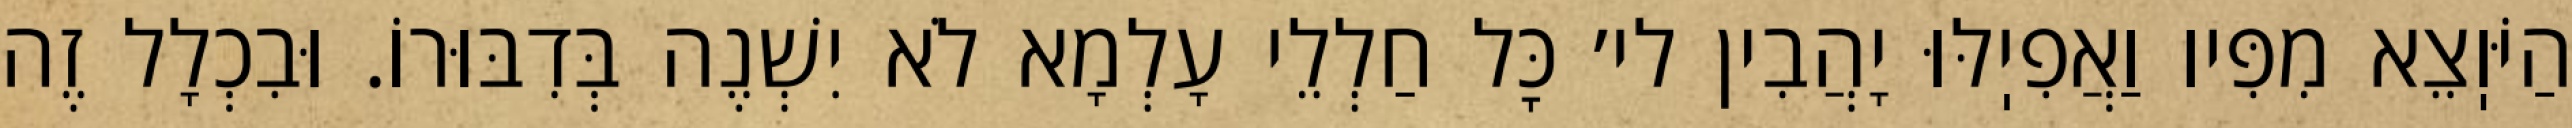
הַיֹּוֽצֵא מִפִּיו וַאֲפִיֽלּוּ יָהֲבִין לי׳ כׇּל חַלְלֵי עָלְמָא לֹא יִשְׁנֶה בְּדִבּוּרוֹ. וּבִכְלָל זֶה